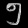
Digit: ၅